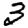
Digit: 3